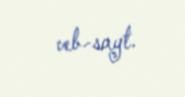
veb-sayt.